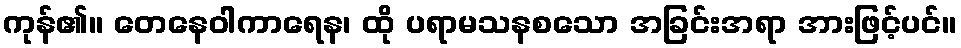
ကုန်၏။ တေနေဝါကာရေန၊ ထို ပရာမသနစသော အခြင်းအရာ အားဖြင့်ပင်။